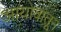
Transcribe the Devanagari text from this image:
आयोवातून